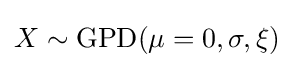
X\sim \mathrm {GPD} (\mu =0,\sigma ,\xi )